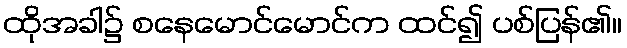
ထိုအခါ၌ စနေမောင်မောင်က ထင်၍ ပစ်ပြန်၏။